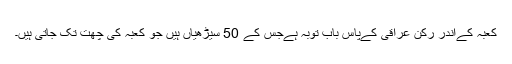
کعبہ کےاندر رکن عراقی کےپاس باب توبہ ہےجس کے 50 سیڑھیاں ہیں جو کعبہ کی چھت تک جاتی ہیں۔